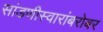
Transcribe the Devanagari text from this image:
सांडणीस्वारांबरोबर